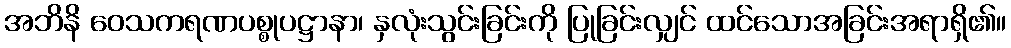
အဘိနိ ဝေသကရဏပစ္စုပဋ္ဌာနာ၊ နှလုံးသွင်းခြင်းကို ပြုခြင်းလျှင် ထင်သောအခြင်းအရာရှိ၏။